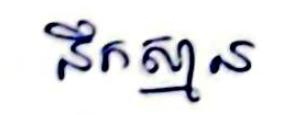
នឹកស្មាន